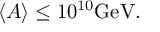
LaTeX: \langle A \rangle \leq 1 0 ^ { 1 0 } \mathrm { G e V } .